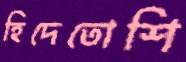
হিদেতোশি